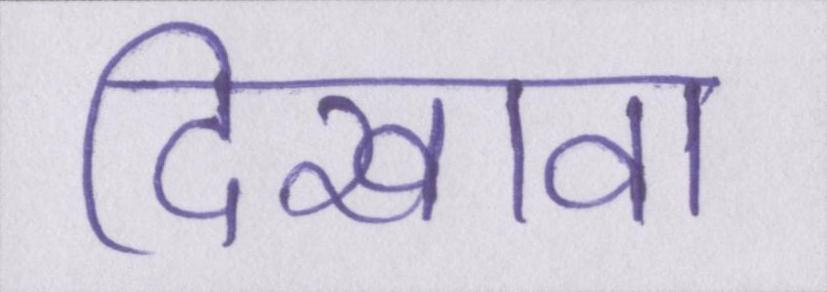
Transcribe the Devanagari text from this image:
दिखावा